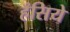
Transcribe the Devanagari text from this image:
हँसिये